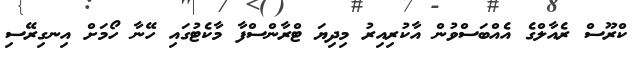
ކްރޫސް ރެއާލްގެ އެއްބަސްވުން އާކުރިއިރު މިދިޔަ ޓްރާންސްފާ މާކެޓުގައި ހޭނާ ހޯމަށް އިނގިރޭސި